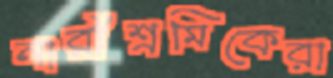
নারীশ্রমিকেরা